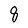
Character: 8